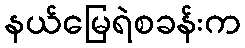
နယ်မြေရဲစခန်းက